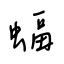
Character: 蝠